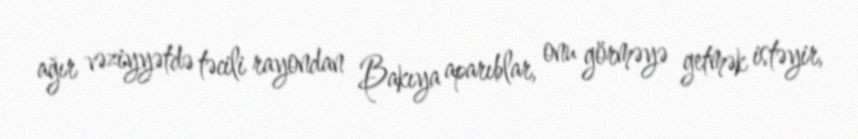
ağır vəziyyətdə təcili rayondan Bakıya aparıblar, onu görməyə getmək istəyir,